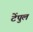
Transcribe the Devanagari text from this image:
टेंपुल